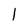
Character: I